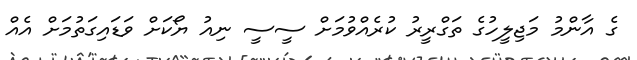
ގެ އާންމު މަޖިލީހުގެ ތަގްރީރު ކުރެއްވުމަށް ސީސީ ނިއު ޔޯކަށް ވަޑައިގަތުމަށް އެއް